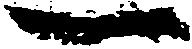
一